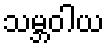
သမ္ဘဝါယ